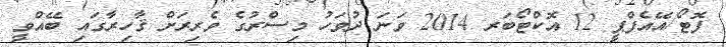
ފޮޓޯ/އޭއެފްޕީ 12 އޮކްޓޯބަރ 2014 ވަނަ ދުވަހު މިސްރުގެ ވެރިރަށް ޤާހިރާގައި ބޭއްވީ